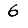
Digit: 6